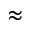
\approx